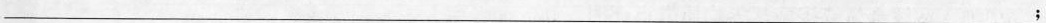
___；